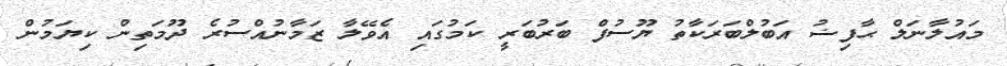
މައުލާނަލް ޙާފިޟު އަބުލްބަރަކާތު ޔޫސުފް ބަރުބަރީ ކަމުގައި އެވޭލާ ޒަމާނުއްސުރެ ދޫމަތިން ކިޔަމުން